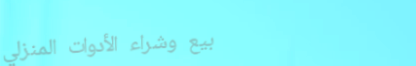
بيع وشراء الأدوات المنزلي